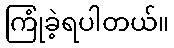
ကြုံခဲ့ရပါတယ်။